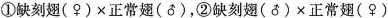
①缺刻翅(♀)×正常翅(♂)，②缺刻翅(♂)×正常翅(♀)